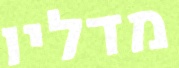
מדליו